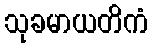
သုခမာယတိကံ